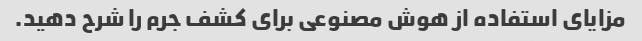
مزایای استفاده از هوش مصنوعی برای کشف جرم را شرح دهید.